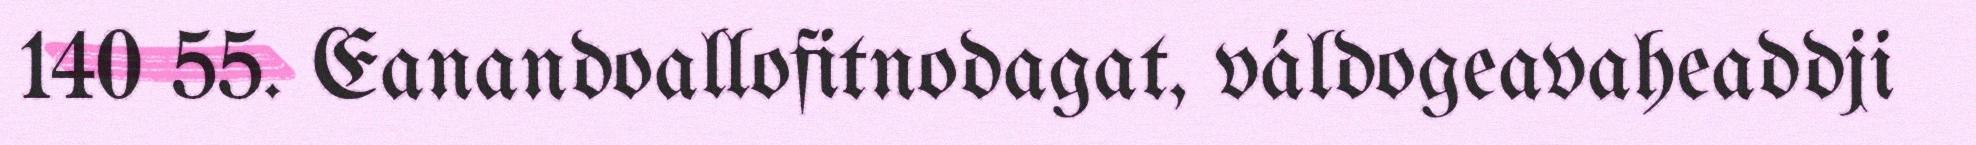
140 55. Eanandoallofitnodagat, váldogeavaheaddji